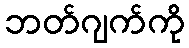
ဘတ်ဂျက်ကို